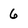
Character: 6